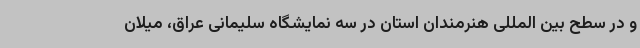
و در سطح بین المللی هنرمندان استان در سه نمایشگاه سلیمانی عراق، میلان